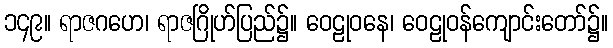
၁၄၉။ ရာဇဂဟေ၊ ရာဇဂြိုဟ်ပြည်၌။ ဝေဠုဝနေ၊ ဝေဠုဝန်ကျောင်းတော်၌။